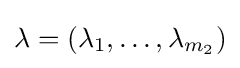
\lambda =(\lambda _{1},\ldots ,\lambda _{m_{2}})